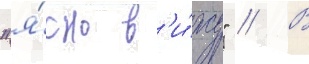
"я́сно в'и́жу" // В